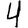
Digit: 4